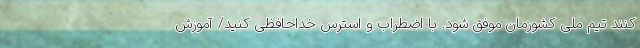
کنند تیم ملی کشورمان موفق شود. با اضطراب و استرس خداحافظی کنید/ آموزش